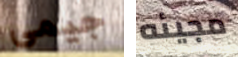
جيمى مجيئه